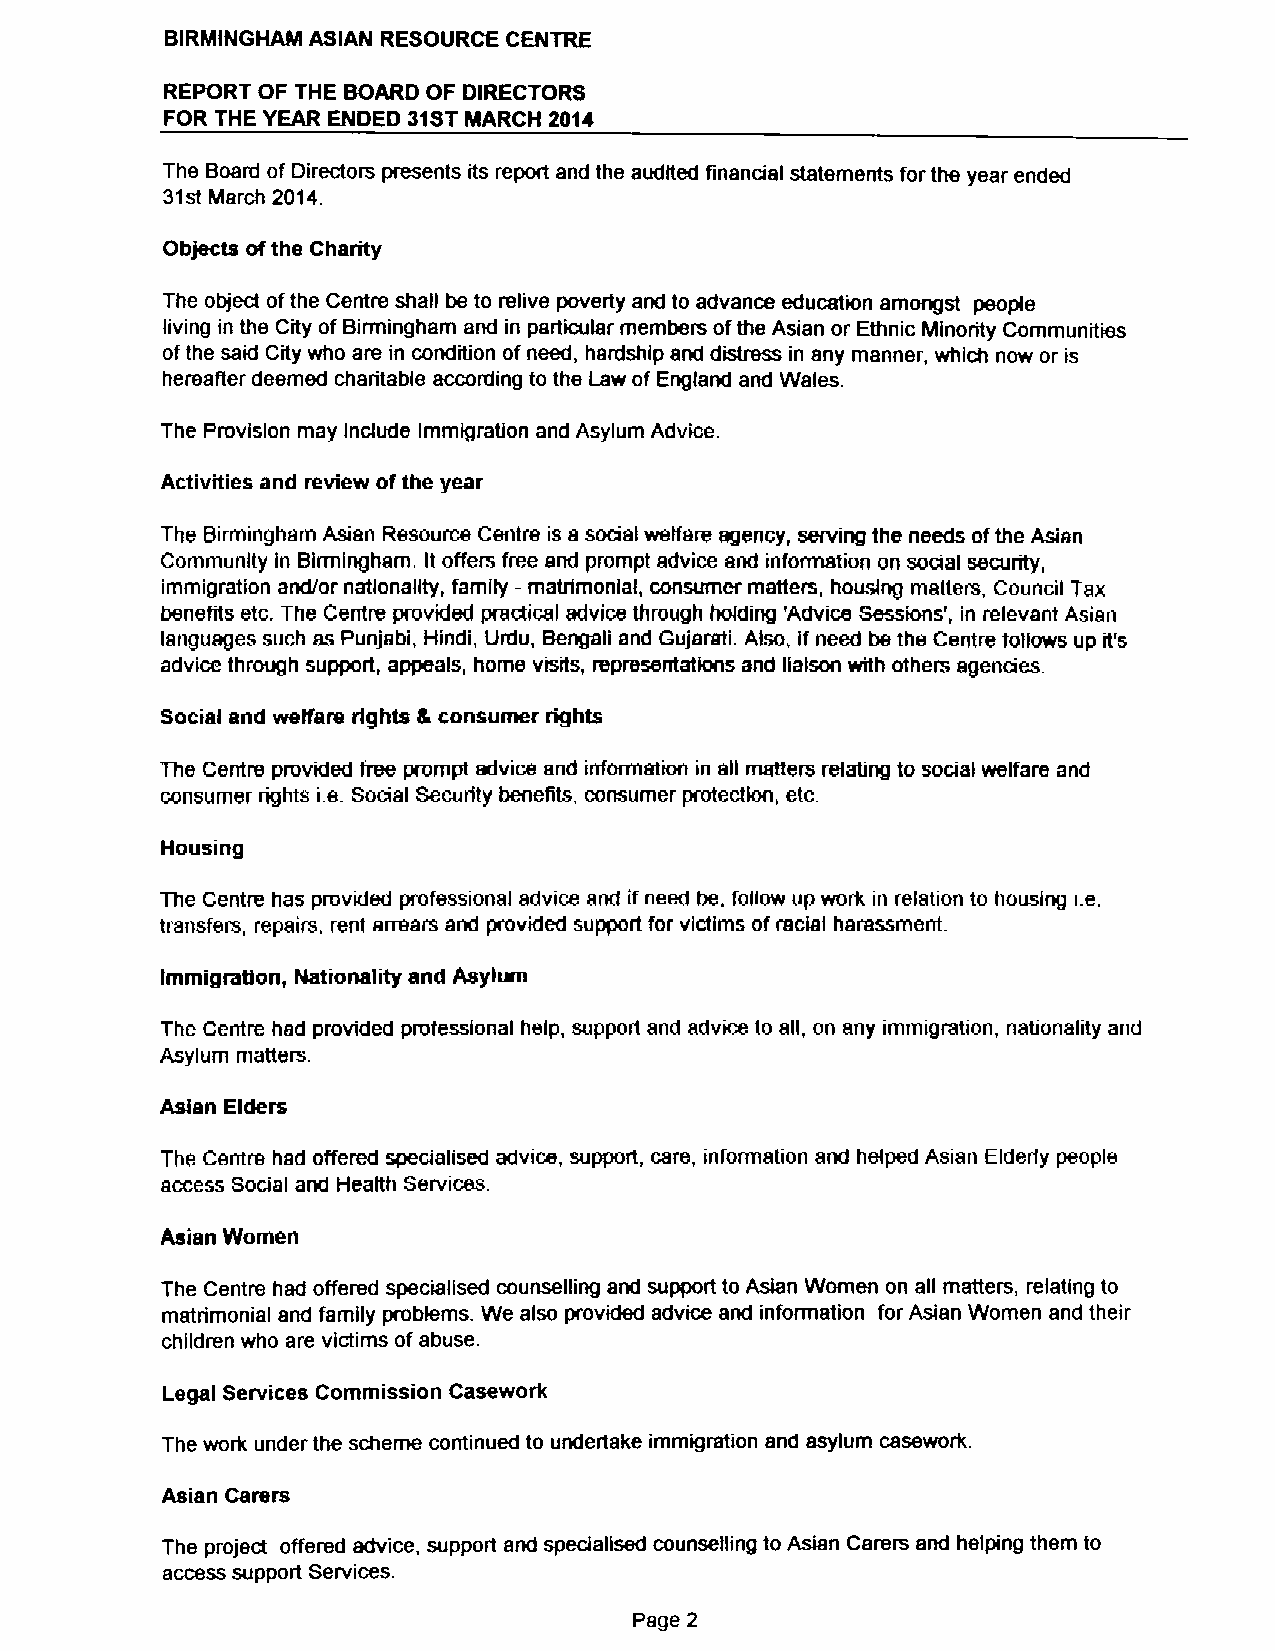
BIRMINGHAM ASIAN RESOURCE CEhlTRE
 REPORT OF THE BOARD OF DIRECTORS
 FOR THE YEAR ENDED 31STMARCH 2014
 The Board of Directors presents its report and the audited fiinancial statements forthe year ended
 31st March 2014
 Objects ofthe Charity
 The objed ofthe Centre shall be to relive poverty and to advance education amongst people
 living in the City ofBirmingham and in particular members ofthe Asian or Ethnic Minority Communities
 ofthe said City who are in condition ofneed, hardship and distress in any manner, which now or is
 hereafier deemed charitable according to the Law of England and Wales.
 The Provision may Include Immigration and Asylum Advice.
 Activities and review ofthe year
 The Birmingham Asian Resource Centre is a social welfare agency, sewing the needs ofthe Asian
 Community in Birmingham. It offers free and prompt advice and information on social security,
 immigration and/or nationality, family —matrimonial, consumer matters, housing matters, Council Tax
 benefits etc. The Centre provided practical advice through holding 'Advice Sessions', in relevant Asian
 languages such as punjabi, Hindi, Urdu, Bengali and Gujarati. Also, If need be the Centre follows up it's
 advice through support, appeals, home visits, representations and liaison with others agencies.
 Social and welfare rights 8 consumer rights
 The Centre provided free prompt advice and information in all matters relating to social welfare and
 consumer rights i e.Social Security benefits, consumer protection, etc.
 Housing
 The Centre has provided professional advice and ifneed be. follow up work in relation to housing i.e.
 transfers, repairs, rent arrears and provided support for victims ofradal harassment.
 Immigration, Ieationality and Asylian
 The Centre had provided professional help, support and advice to afi, on any immigration, nabonality and
 Asylum matters.
 Asian Elders
 The Centre had offered specialised advice, support, care, information and helped Asian Elderly people
 access Social and Health Services.
 Asian Women
 The Centre had offered specialised counsefiing and support to Asian Women on afi matters, relating to
 matrimonial and family problems. We also provided advice and information for Asian Women and their
 children who are victims ofabuse.
 Legal Services Commission Casework
 The work under the scheme continued to undertake immigration and asylum casework.
 Asian Carers
 The project offered advice, support and spectalised counselhrig to Asian Carers and lielping tliem to
 access supporl Services.
 Page 2